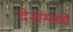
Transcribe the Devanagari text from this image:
देशंमध्ये